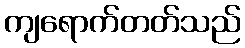
ကျရောက်တတ်သည်